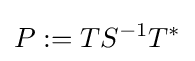
P:=TS^{-1}T^{*}